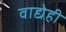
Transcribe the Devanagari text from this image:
वाद्येही